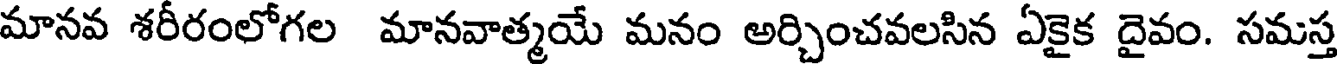
మానవ శరీరంలోగల మానవాత్మయే మనం అర్చించవలసిన ఏకైక దైవం. సమస్త